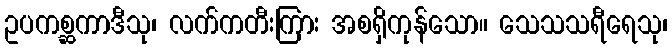
ဥပကစ္ဆကာဒီသု၊ လက်ကတီးကြား အစရှိကုန်သော။ သေသသရီရေသု၊